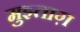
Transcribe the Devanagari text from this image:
मुझ्ताग़